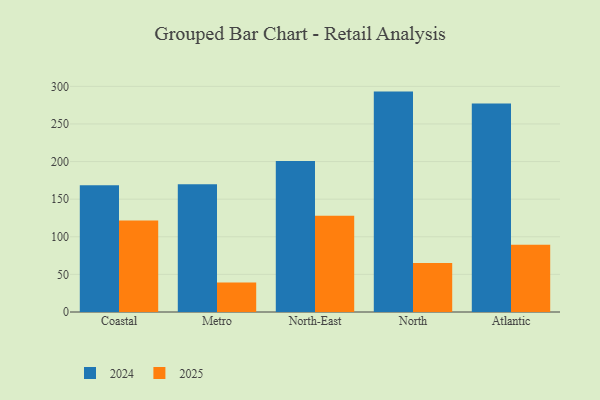
{"axis": {"x": "Region", "y": "Latency (ms)"}, "legend": ["2024", "2025"], "data": [{"x": "Coastal", "y": 168.6, "type": "2024"}, {"x": "Coastal", "y": 121.7, "type": "2025"}, {"x": "Metro", "y": 169.7, "type": "2024"}, {"x": "Metro", "y": 39.3, "type": "2025"}, {"x": "North-East", "y": 200.6, "type": "2024"}, {"x": "North-East", "y": 128.1, "type": "2025"}, {"x": "North", "y": 293.0, "type": "2024"}, {"x": "North", "y": 65.1, "type": "2025"}, {"x": "Atlantic", "y": 277.3, "type": "2024"}, {"x": "Atlantic", "y": 89.5, "type": "2025"}]}